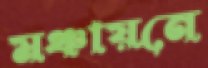
মঞ্চায়নে